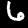
Digit: 6